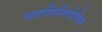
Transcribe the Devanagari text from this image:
व्हासिलियेविच